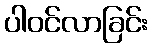
ပါဝင်လာခြင်း